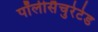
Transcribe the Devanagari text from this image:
पॉलीसैचुरेटेड